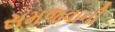
સમજવાની